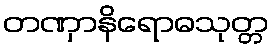
တဏှာနိရောဓသုတ္တ